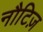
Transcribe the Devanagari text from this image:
नौटिज़